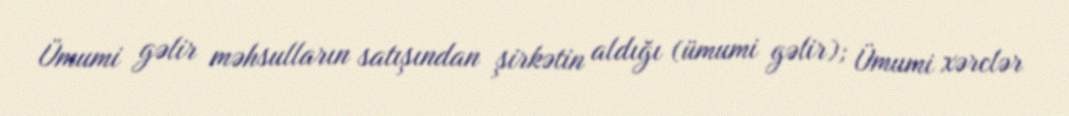
Ümumi gəlir məhsulların satışından şirkətin aldığı (ümumi gəlir); Ümumi xərclər